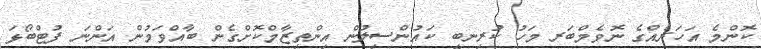
ކޮންމެ އަހަރެއްގެ ނޮވެމްބަރ މަހު ކުރިނބީ ކައުންސިލުން އިންތިޒާމްކޮށްގެން ބާއްވަމުން އަންނަ ފުޓްބޯޅަ